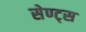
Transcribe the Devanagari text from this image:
सेण्ट्स